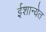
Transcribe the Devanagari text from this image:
ईशान्येत